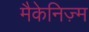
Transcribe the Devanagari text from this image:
मैकेनिज़्म